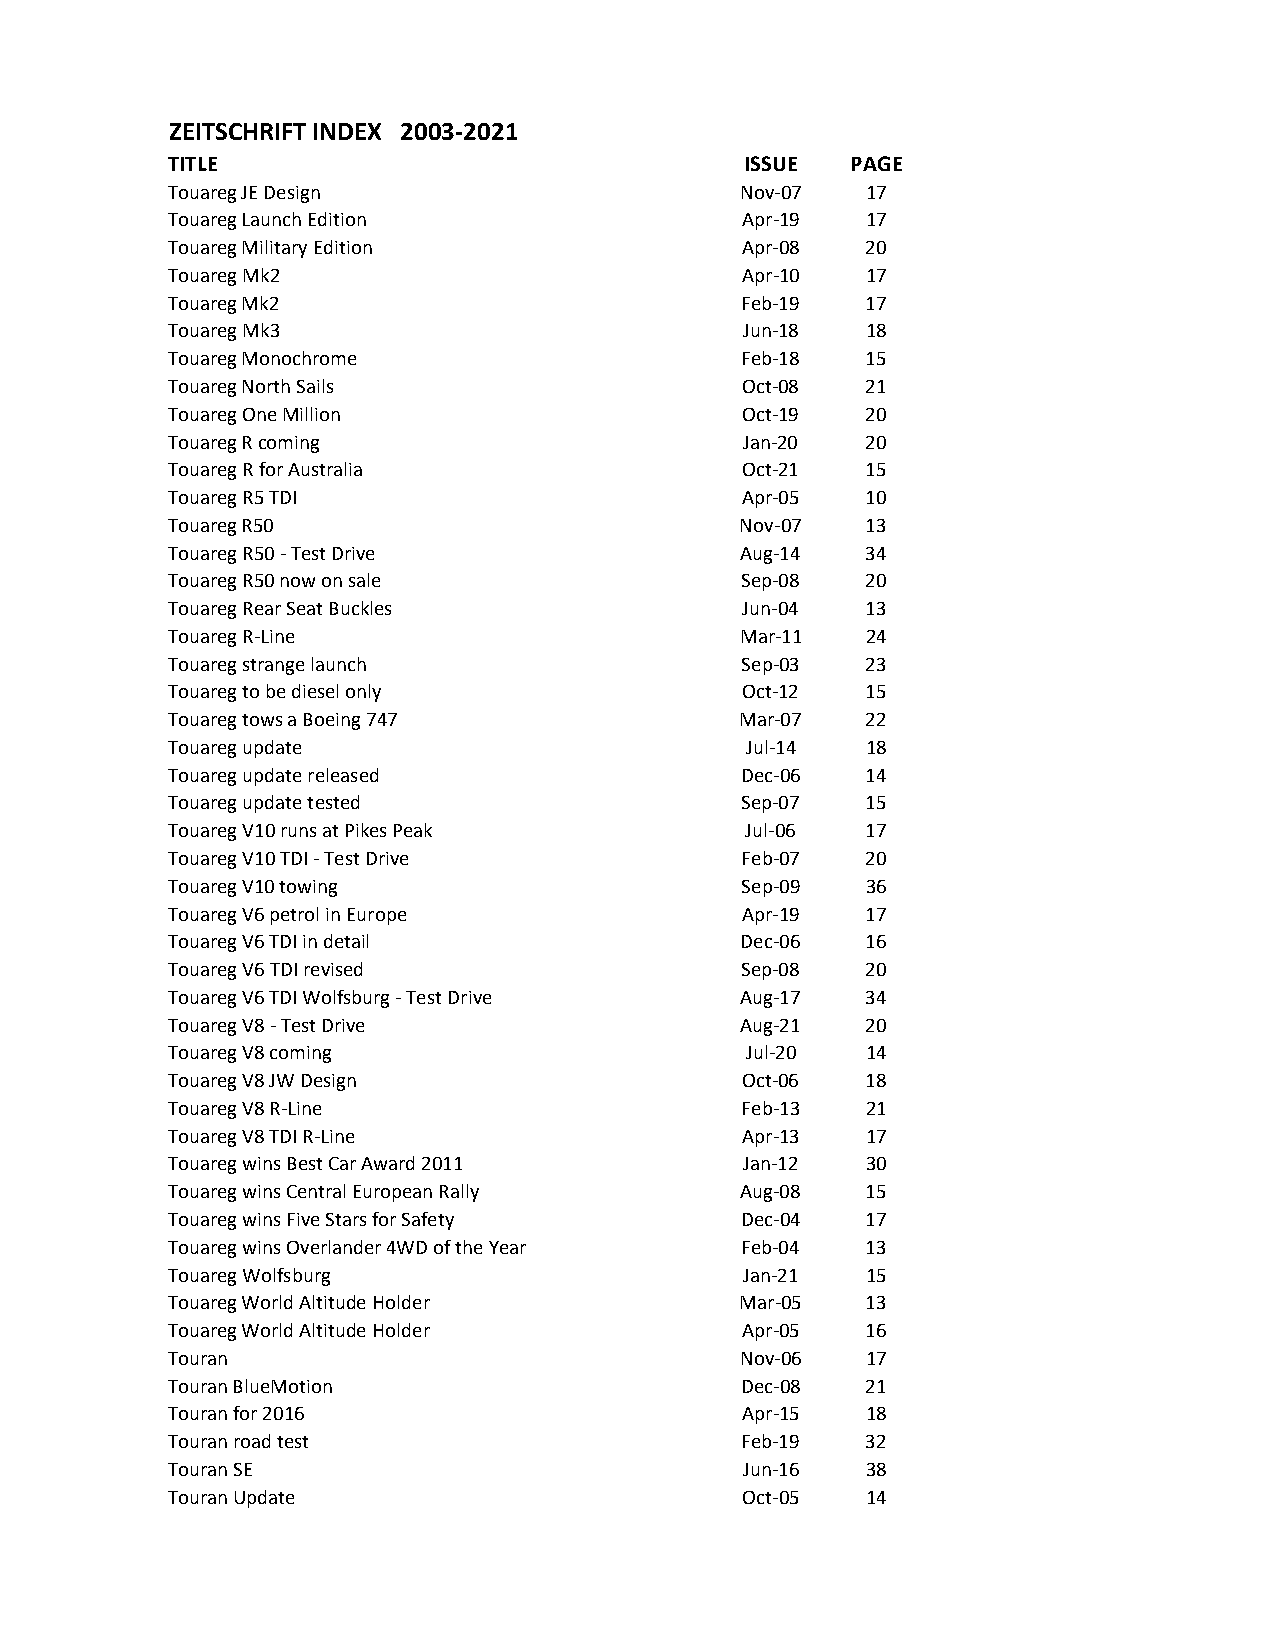
ZEITSCHRIFT INDEX 2003-2021
 TITLE                                 ISSUE  PAGE
 Touareg JE Design                     Nov-07  17
 Touareg Launch Edition                Apr-19  17
 Touareg Military Edition              Apr-08  20
 Touareg Mk2                           Apr-10  17
 Touareg Mk2                           Feb-19  17
 Touareg Mk3                           Jun-18  18
 Touareg Monochrome                    Feb-18  15
 Touareg North Sails                   Oct-08  21
 Touareg One Million                   Oct-19  20
 Touareg R coming                      Jan-20  20
 Touareg R for Australia               Oct-21  15
 Touareg R5 TDI                        Apr-05  10
 Touareg R50                           Nov-07  13
 Touareg R50 - Test Drive              Aug-14  34
 Touareg R50 now on sale               Sep-08  20
 Touareg Rear Seat Buckles             Jun-04  13
 Touareg R-Line                        Mar-11  24
 Touareg strange launch                Sep-03  23
 Touareg to be diesel only             Oct-12  15
 Touareg tows a Boeing 747             Mar-07  22
 Touareg update                        Jul-14  18
 Touareg update released               Dec-06  14
 Touareg update tested                 Sep-07  15
 Touareg V10 runs at Pikes Peak        Jul-06  17
 Touareg V10 TDI - Test Drive          Feb-07  20
 Touareg V10 towing                    Sep-09  36
 Touareg V6 petrol in Europe           Apr-19  17
 Touareg V6 TDI in detail              Dec-06  16
 Touareg V6 TDI revised                Sep-08  20
 Touareg V6 TDI Wolfsburg - Test Drive Aug-17  34
 Touareg V8 - Test Drive               Aug-21  20
 Touareg V8 coming                     Jul-20  14
 Touareg V8 JW Design                  Oct-06  18
 Touareg V8 R-Line                     Feb-13  21
 Touareg V8 TDI R-Line                 Apr-13  17
 Touareg wins Best Car Award 2011      Jan-12  30
 Touareg wins Central European Rally   Aug-08  15
 Touareg wins Five Stars for Safety    Dec-04  17
 Touareg wins Overlander 4WD of the Year Feb-04 13
 Touareg Wolfsburg                     Jan-21  15
 Touareg World Altitude Holder         Mar-05  13
 Touareg World Altitude Holder         Apr-05  16
 Touran                                Nov-06  17
 Touran BlueMotion                     Dec-08  21
 Touran for 2016                       Apr-15  18
 Touran road test                      Feb-19  32
 Touran SE                             Jun-16  38
 Touran Update                         Oct-05  14